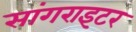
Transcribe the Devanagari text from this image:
सांगराइटर